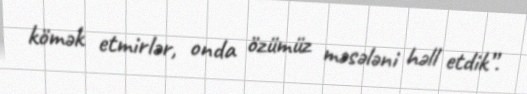
kömək etmirlər, onda özümüz məsələni həll etdik”.